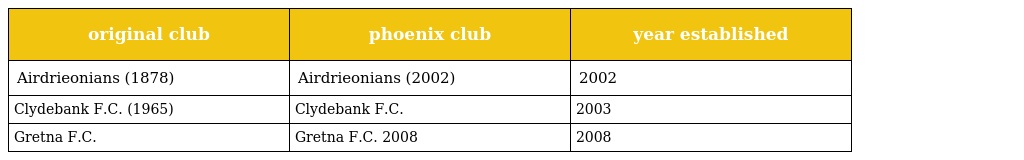
| original club | phoenix club | year established |
 | --- | --- | --- |
 | Airdrieonians (1878) | Airdrieonians (2002) | 2002 |
 | Clydebank F.C. (1965) | Clydebank F.C. | 2003 |
 | Gretna F.C. | Gretna F.C. 2008 | 2008 |